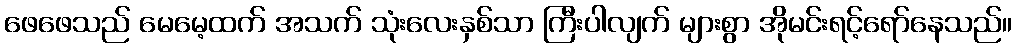
ဖေဖေသည် မေမေ့ထက် အသက် သုံးလေးနှစ်သာ ကြီးပါလျက် များစွာ အိုမင်းရင့်ရော်နေသည်။